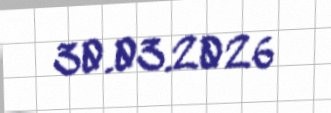
30.03.2026